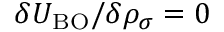
\delta { \cal U } _ { \mathrm { B O } } / \delta { \rho _ { \sigma } } = 0